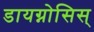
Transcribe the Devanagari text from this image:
डायग्नोसिस्